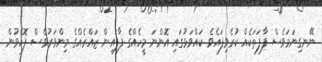
ނޭނގިނަމަވެސް ފާފަތަކެއް ކުރެވިފައެވެ. ކައްވަޅުގައި އޮންނަ މީހެއްގެ ފާފައިން ޒައްރެއްގެ މިންވަރުވެސް ފޮހެވުން